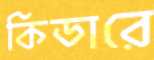
কিডারে